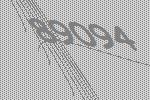
89094